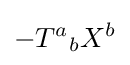
-{T^{a}}_{b}X^{b}